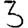
Digit: 3